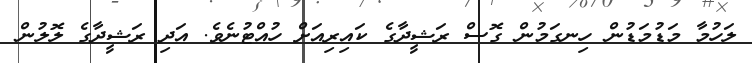
ލަހުމާ މަޑުމަޑުން ހިނގަމުން ގޮސް ރަޝީދާގެ ކައިރިއަށް ހުއްޓުނެވެ. އަދި ރަޝީދާގެ ލޮލުން